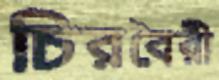
চিরবৈরী